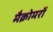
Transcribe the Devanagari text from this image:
मैक्रोमरों